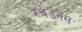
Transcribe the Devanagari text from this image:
रेचेडनैस